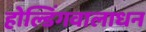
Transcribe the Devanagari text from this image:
होल्डिंगवालाधन